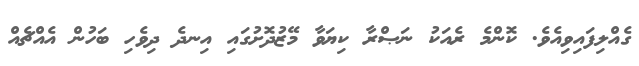
ގެއްލިފައިވިއެވެ. ކޮންމެ ރެއަކު ނަޞްރާ ކިޔަވާ މޭޒުދޮށުގައި އިނދެ ދިވެހި ބަހުން އެއްޗެއް